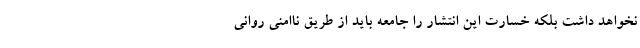
نخواهد داشت بلکه خسارت این انتشار را جامعه باید از طریق ناامنی روانی